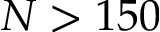
N > 1 5 0